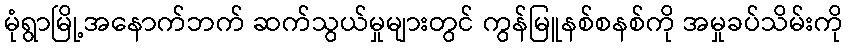
မုံရွာမြို့အနောက်ဘက် ဆက်သွယ်မှုများတွင် ကွန်မြူနစ်စနစ်ကို အမှုခပ်သိမ်းကို